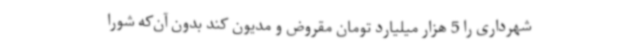
شهرداری را 5 هزار میلیارد تومان مقروض و مدیون کند بدون آن‌که شورا